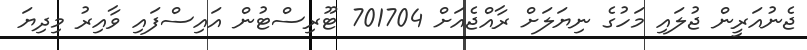
ޖެނުއަރީން ޖުލައި މަހުގެ ނިޔަލަށް ރާއްޖެއަށް 701704 ޓޫރިސްޓުން އައިސްފައި ވާއިރު މިދިޔަ